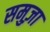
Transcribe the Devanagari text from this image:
समुज़ा